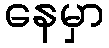
နေမှာ